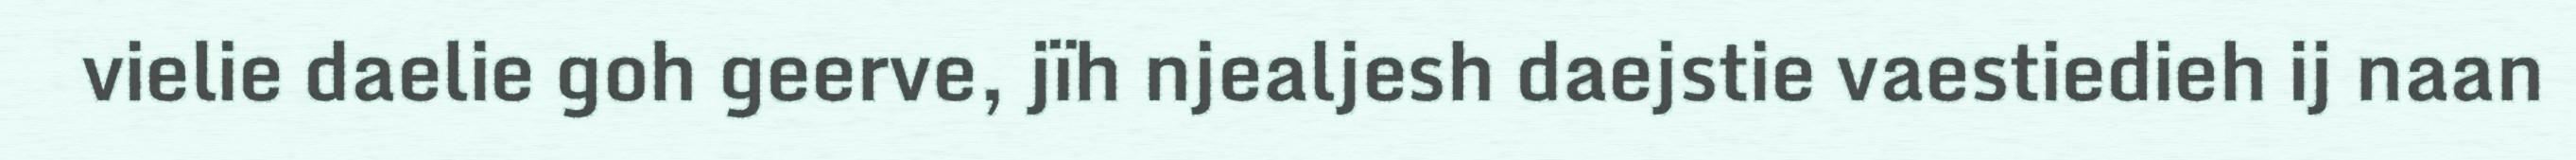
vielie daelie goh geerve, jïh njealjesh daejstie vaestiedieh ij naan